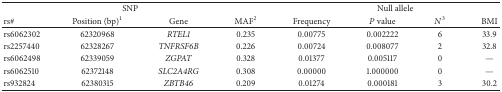
<table><thead><tr><td colspan="4"><b>SNP</b></td><td colspan="4"><b>Null allele</b></td></tr><tr><td><b>rs#</b></td><td><b>Position (bp)<sup>1</sup></b></td><td><b>Gene</b></td><td><b>MAF<sup>2</sup></b></td><td><b>Frequency</b></td><td><b><i>P</i> value</b></td><td><b><i>N</i><sup>3</sup></b></td><td><b>BMI</b></td></tr></thead><tbody><tr><td>rs6062302</td><td>62320968</td><td><i>RTEL1</i></td><td>0.235</td><td>0.00775</td><td>0.002222</td><td>6</td><td>33.9</td></tr><tr><td>rs2257440</td><td>62328267</td><td><i>TNFRSF6B</i></td><td>0.226</td><td>0.00724</td><td>0.008077</td><td>2</td><td>32.8</td></tr><tr><td>rs6062498</td><td>62339059</td><td><i>ZGPAT</i></td><td>0.328</td><td>0.01377</td><td>0.005117</td><td>0</td><td>—</td></tr><tr><td>rs6062510</td><td>62372148</td><td><i>SLC2A4RG</i></td><td>0.308</td><td>0.00000</td><td>1.000000</td><td>0</td><td>—</td></tr><tr><td>rs932824</td><td>62380315</td><td><i>ZBTB46</i></td><td>0.209</td><td>0.01274</td><td>0.000181</td><td>3</td><td>30.2</td></tr></tbody></table>